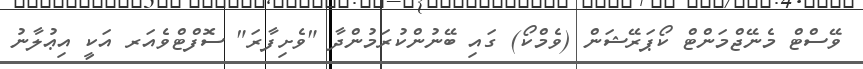
ވޭސްޓް މެނޭޖްމަންޓް ކޯޕަރޭޝަން (ވެމްކޯ) ގައި ބޭނުންކުރަމުންދާ "ވެށިފާރަ" ސޮފްޓްވެއަރ އަކީ އިޢުލާނު